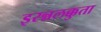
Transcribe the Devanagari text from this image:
इरन्नलक्कुता